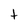
Character: t